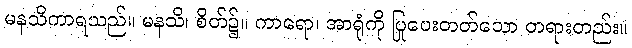
မနသိကာရသည်။ မနသိ၊ စိတ်၌။ ကာရော၊ အာရုံကို ပြုပေးတတ်သော တရားတည်း။